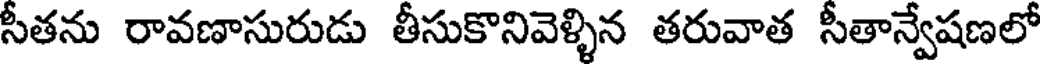
సీతను రావణాసురుడు తీసుకొనివెళ్ళిన తరువాత సీతాన్వేషణలో